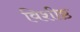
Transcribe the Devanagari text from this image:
विशीष्ठ